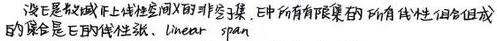
设 $X$ 是数域 $K$ 上线性空间 $V$ 的非空子集. $E$ 中所有有限集的所有线性组合构成